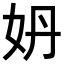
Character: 𡛓